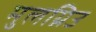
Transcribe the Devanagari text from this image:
मुलग्रिउ